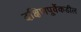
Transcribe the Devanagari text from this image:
दक्षिणपूर्वेकडील